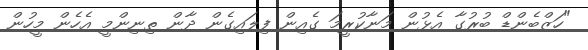
"ހަޒްބެންޑް ބުރުގާ އެޅުން މަނާކުރީމަ ގެއިން ފިލައިގެން ދާން ތިނިންމީ އެހެން މީހުން